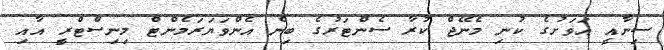
ސިނާއީ އަވަށުގެ ކުނި މެނޭޖް ކުރާ ސެންޓަރުގެ ބިން އެންވަޔަރަމެންޓް މިނިސްޓްރީ އާއި